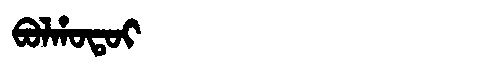
Manchu: ᠪᠣᠯᡥᠣᡨᠣᡳ
Romanization: BOLHOTOI